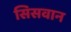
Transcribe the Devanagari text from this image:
सिसवान